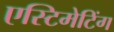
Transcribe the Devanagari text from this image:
एस्टिमेटिंग